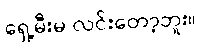
ရှေ့မီးမ လင်းတော့ဘူး။